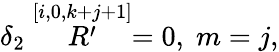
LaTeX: \delta_{2}\stackrel{[i,0,k+j+1]}{R^{\prime}}=0,\; m=j,